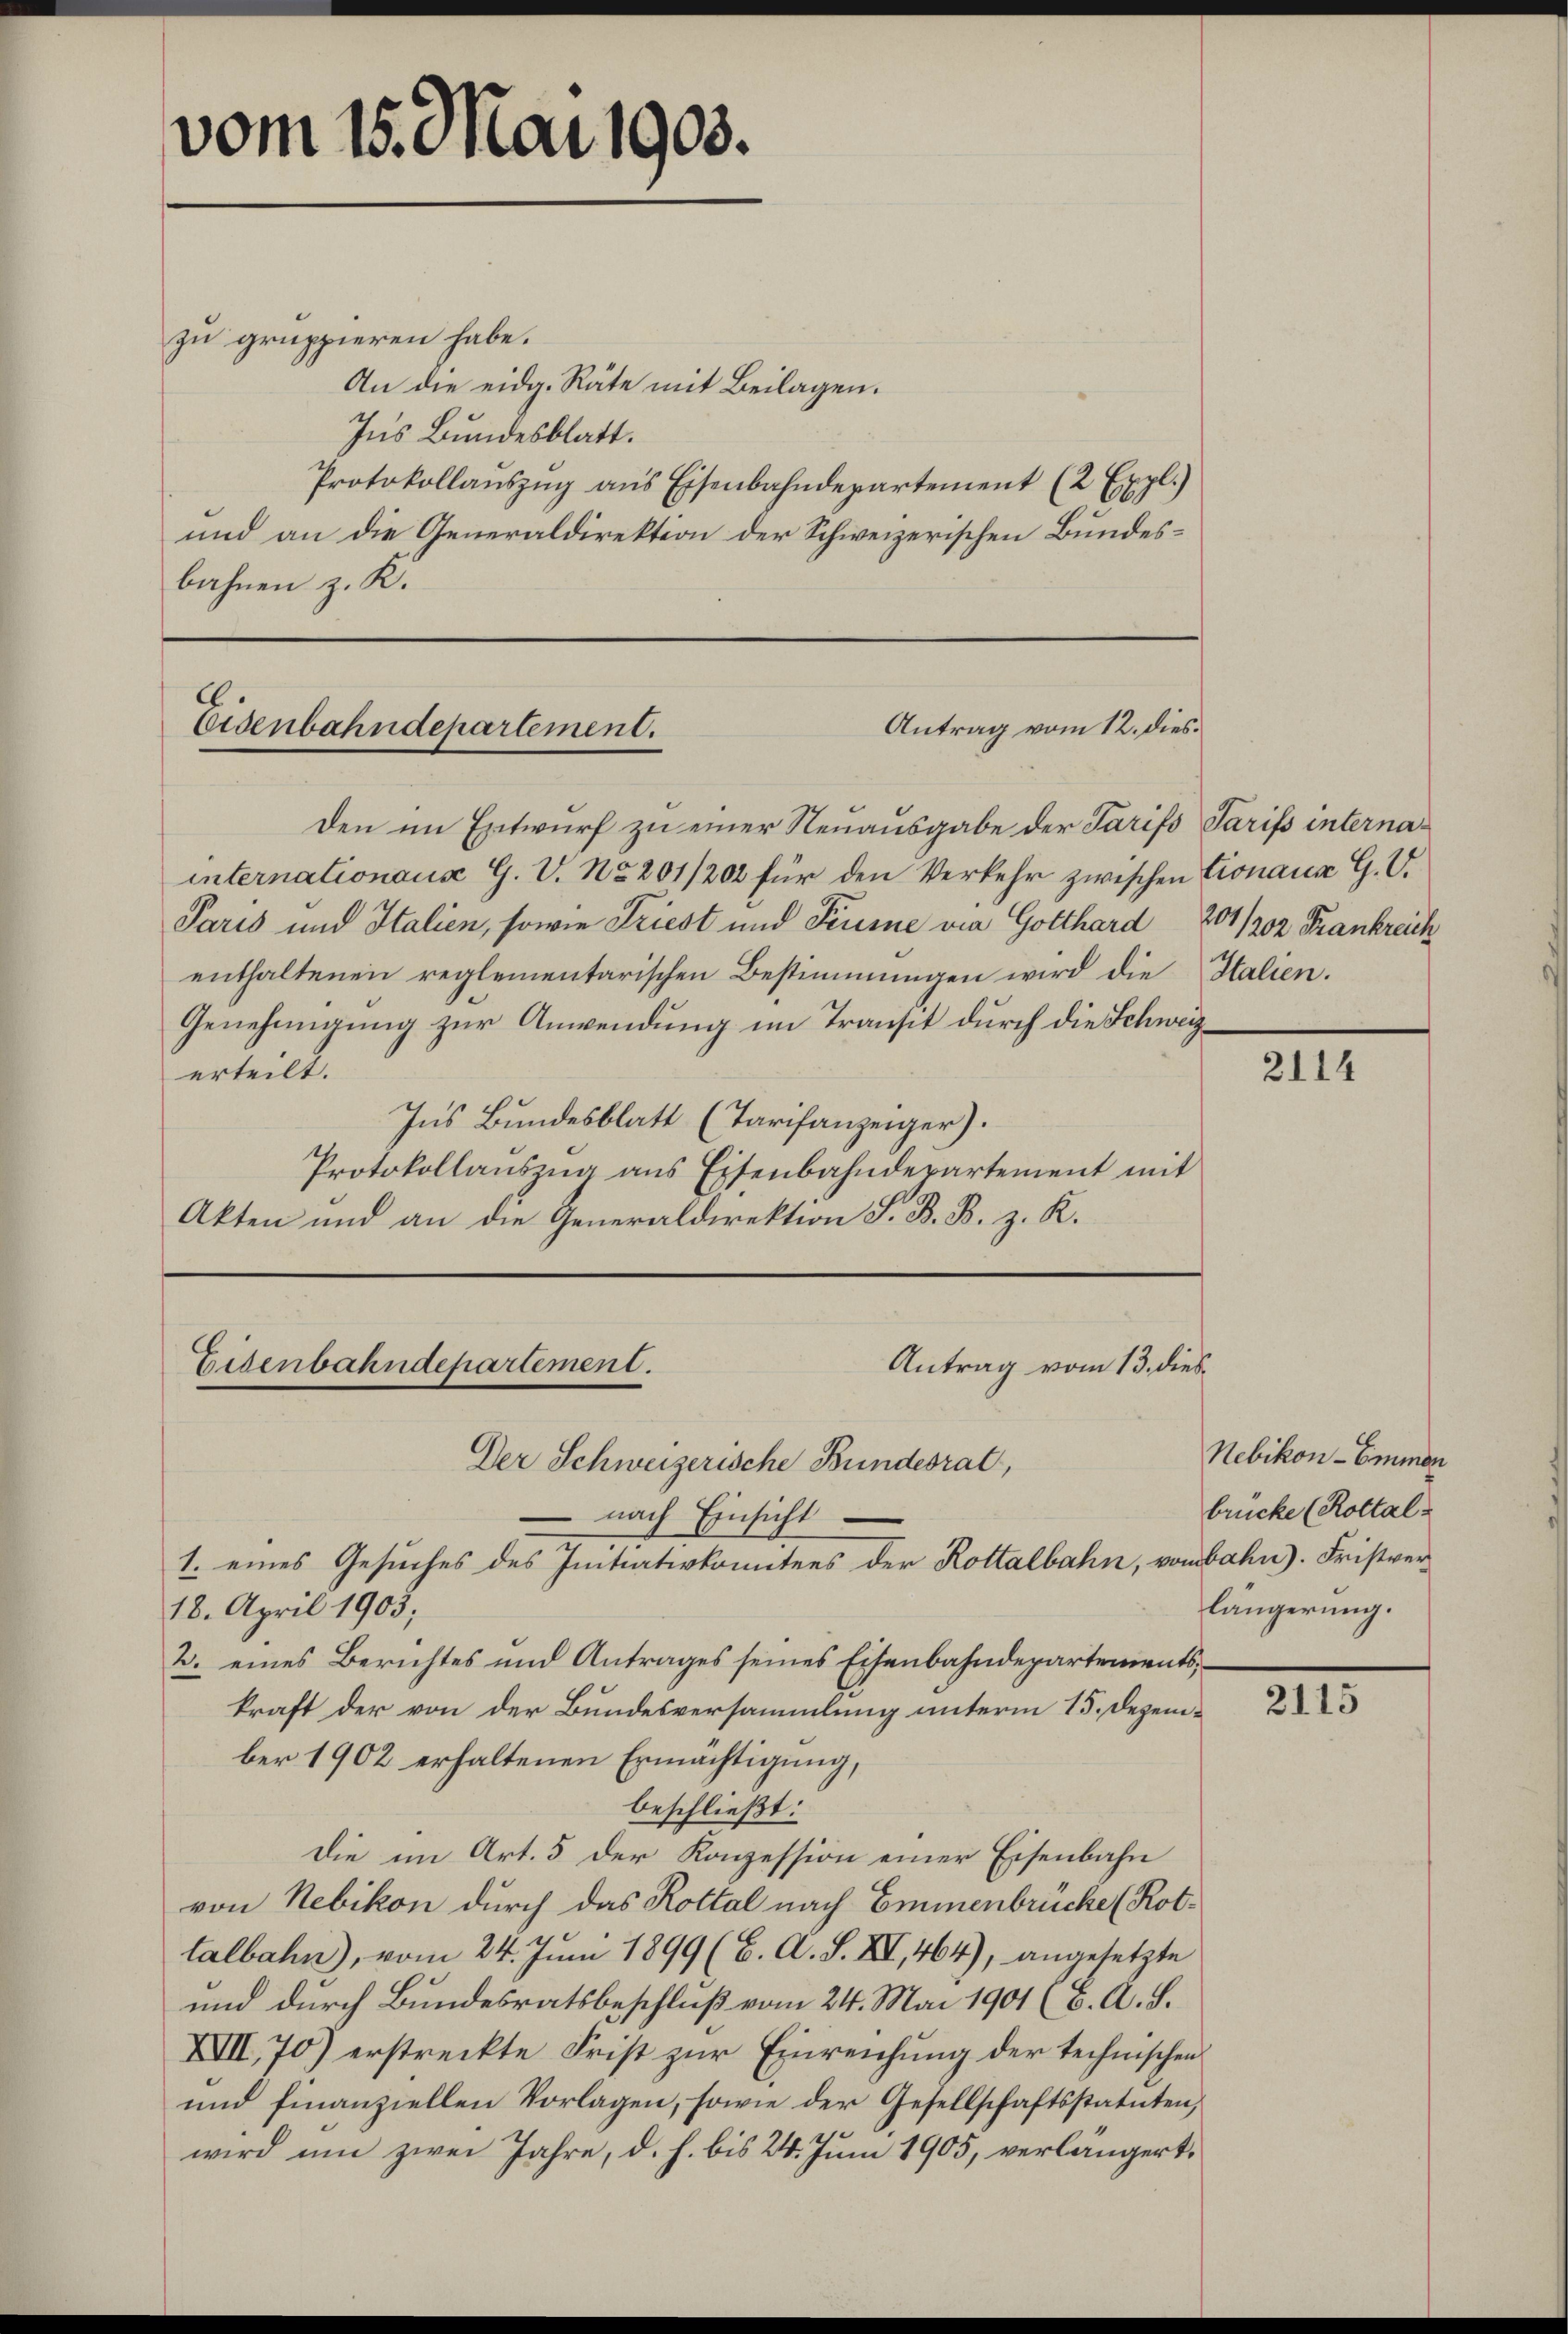
vom 15. Mai 1903.

zu gruppieren habe.
An die eidg. Räte mit Beilagen.
Ins Bundesblatt.
Protokollaŭszŭg ans Eisenbahndepartement (2 Expl.)
und an die Generaldirektion der Schweizerischen Bundesbahnen z. K.

Antrag vom 12. dies
Eisenbahndepartement.

Den im Entwurf zu einer Neuausgabe der Tarifs Tarifs internainternationaus G. V. No 201/202 für den Verkehr zwischen Cronaue G. V.
Paris und Italien, sowie Friest und Feusne via Gotthard 201/02 Krankreich
enthaltenen reglementarischen Bestimmungen wird die Italien.
Genehmigung zur Anwendung im Transit durch die Schweizerteilt.
Ins Bundesblatt (Tarifanzeiger).
Protokollauszug aus Eisenbahndepartement mit
Akten und an die Generaldirektion S. B. B. z. K.

Antrag vom 13. dies
Eisenbahndepartement.

Der Schweizerische Bundesrat,
 nach Einsicht
1. eines Gesuches des Initiativkomitees der Rottalbahn, vom bahn). Fristver¬
18. April 1905;
2. eines Berichtes und Antrages seines Eisenbahndepartements,
kraft der von der Bundesversammlung unterm 15. Dezember 1902 erhaltenen Ermächtigung,
beschließt:
Die im Art. 5 der Konzession einer Eisenbahn
von Nebikon durch das Kottal nach Emmenbrücke (Rottalbahn), vom 24. Juni 1899 (C. A. S. XV, 464), angesetzte
und durch Bundesratsbeschluß vom 24. Mai 1901 (B. A. S.
XVII, 70) erstreckte Frist zur Einreichung der technischen
und finanziellen Vorlagen, sowie der Gesellschaftsstatuten,
wird um zwei Jahre, d. h. bis 24. Juni 1905, verlängert,

2114

Nebikon-Emmen
brücke (Rottal-
längerung.

2115